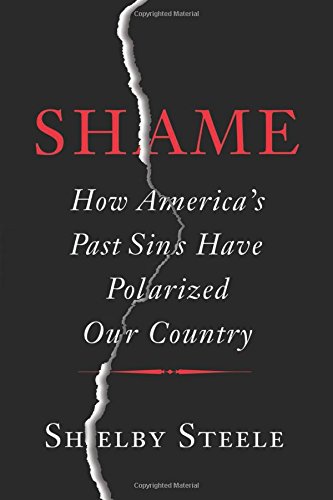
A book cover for Shame: How AmericaEEs Past Sins Have Polarized Our Country; Shelby Steele; Politics & Social Sciences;